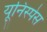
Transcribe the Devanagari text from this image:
यूनिस्पेस